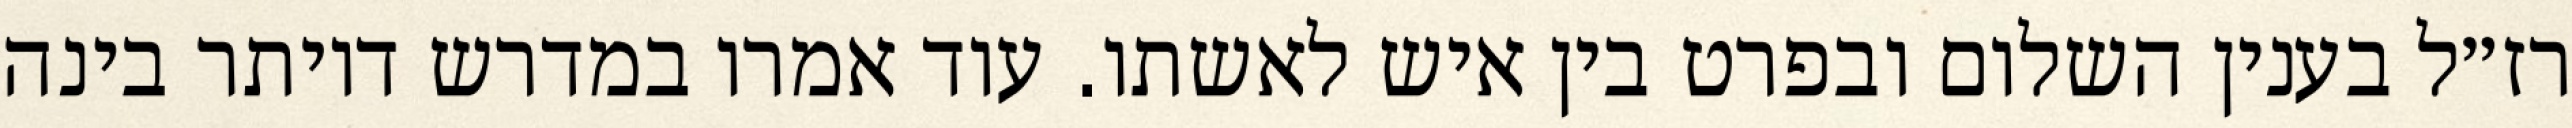
רז״ל בענין השלום ובפרט בין איש לאשתו. עוד אמרו במדרש דיותר בינה